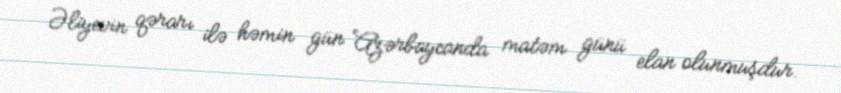
Əliyevin qərarı ilə həmin gün Azərbaycanda matəm günü elan olunmuşdur.